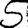
Digit: 5